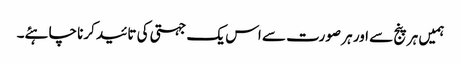
ہمیں ہر پنج سے اور ہر صورت سے اس یک جہتی کی تائید کرنا چاہئے۔